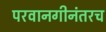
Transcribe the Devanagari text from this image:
परवानगीनंतरच